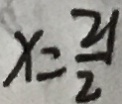
x = \frac { 2 1 } { 2 }